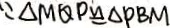
\because \Delta M Q P \cong \Delta P B M